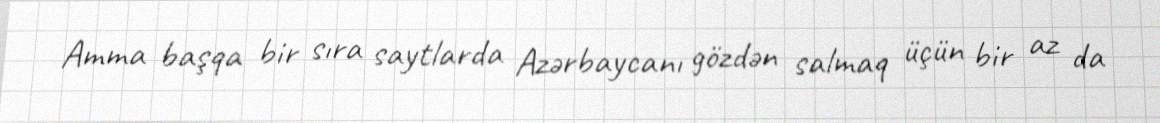
Amma başqa bir sıra saytlarda Azərbaycanı gözdən salmaq üçün bir az da